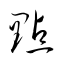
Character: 點